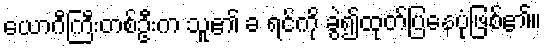
ယောဂီကြီးတစ်ဦးက သူ၏ ခ ရင်ကို ခွဲ၍ထုတ်ပြနေပုံဖြစ်၏။